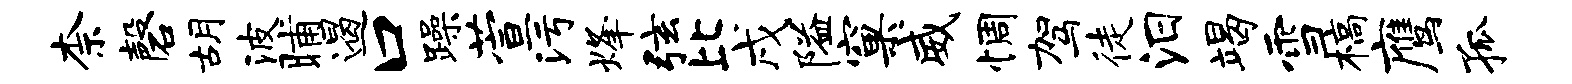
柰磬胡波晡遏口躁萱污烽弦比戌隘窠威惆驾徒汨竭雪槁鹰孤